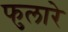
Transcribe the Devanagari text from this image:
फुलारे